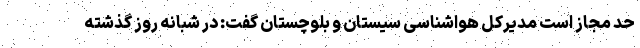
حد مجاز است مدیرکل هواشناسی سیستان و بلوچستان گفت: در شبانه روز گذشته